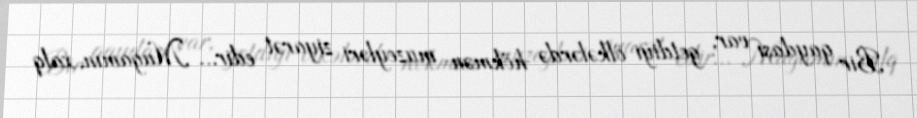
Bir qaydası var, getdiyi ölkələrdə hökmən muzeyləri ziyarət edir… Muğamın, xalq